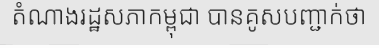
តំណាងរដ្ឋសភាកម្ពុជា បានគូសបញ្ជាក់ថា